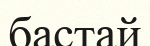
бастай